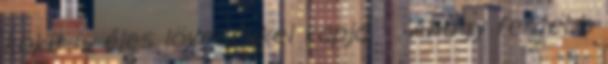
kokit is éles lövedékkel kapja : . Ahogy fentebb